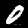
Digit: 0